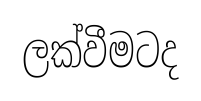
ලක්වීමටද